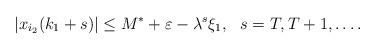
LaTeX: \begin{align*}|x_{i_2}(k_1+s)| \leq M^*+\varepsilon-\lambda^{s}\xi_1, \ \ s=T, T+1,\dots.\end{align*}